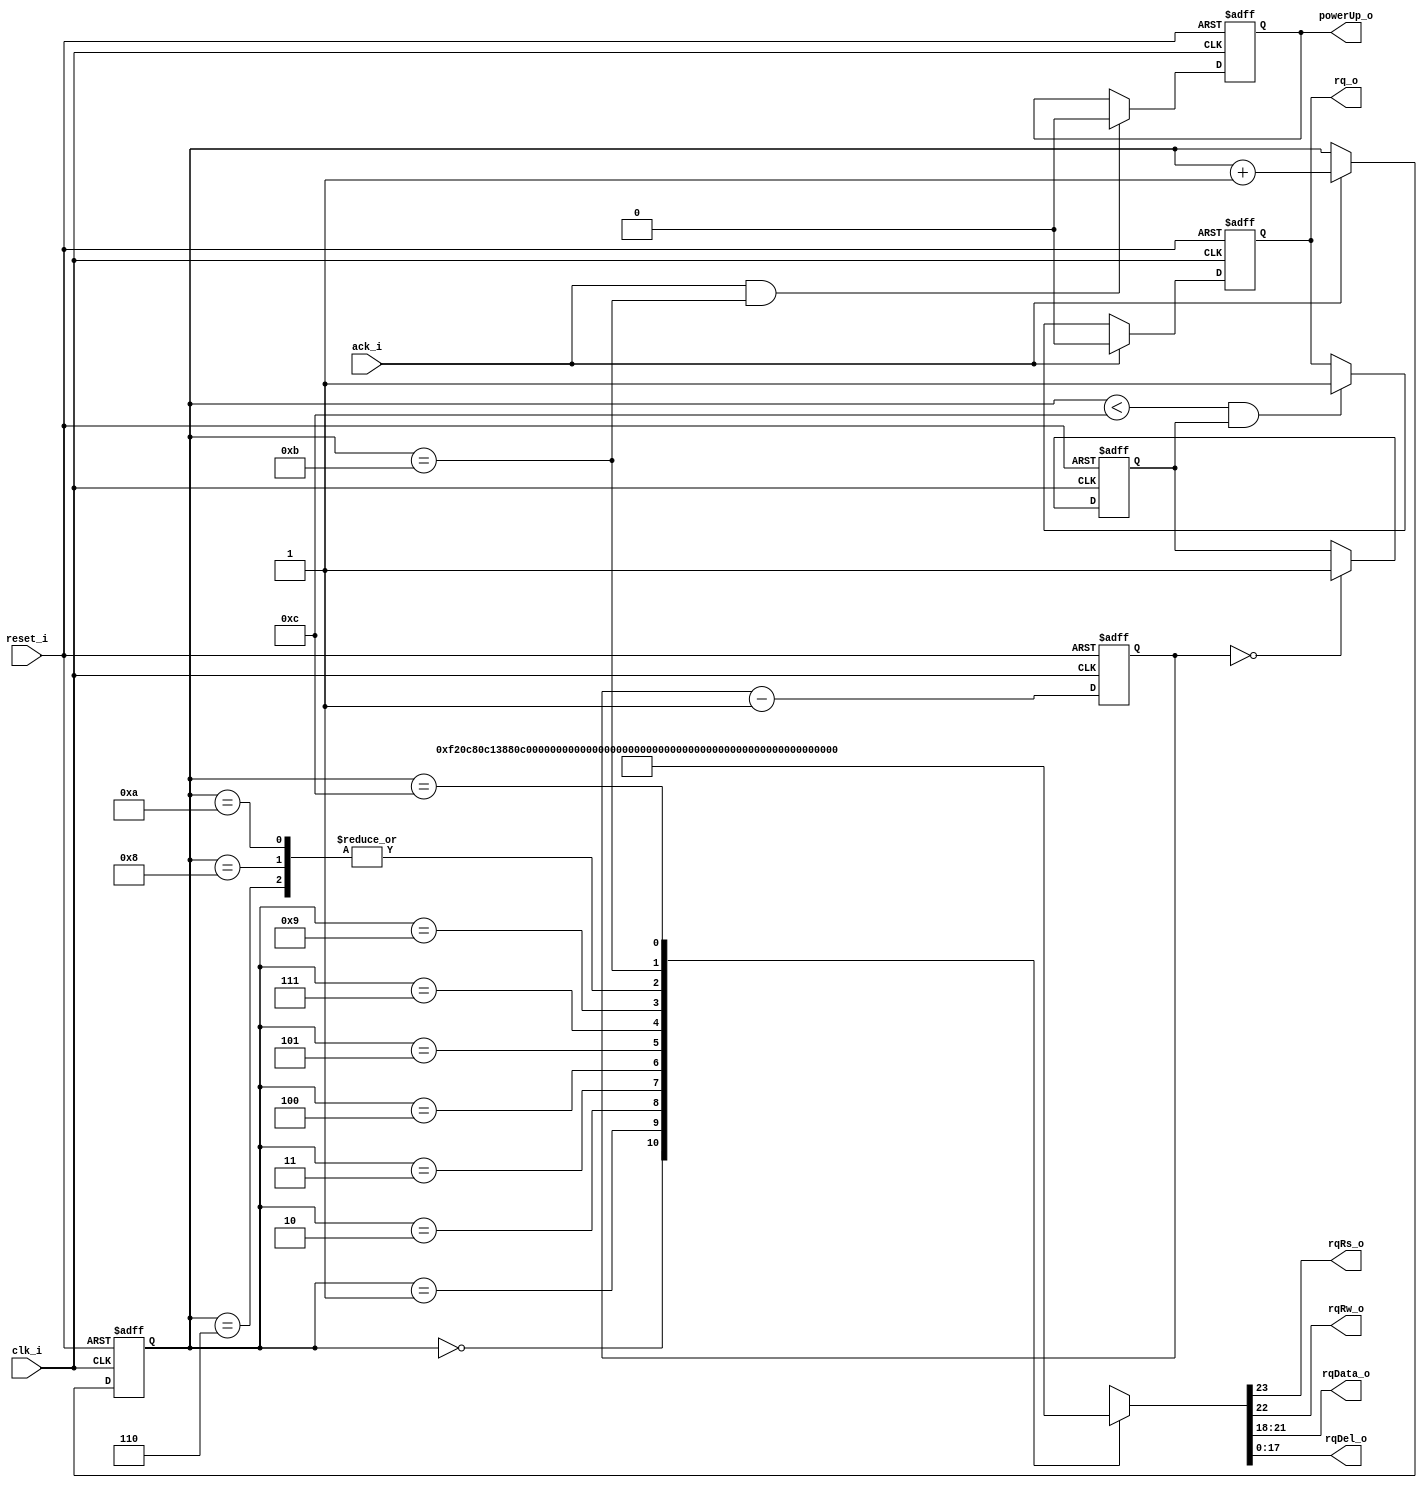
/******************************************************************************
*     Project:  Transilvania University of Brasov
*	Departament:  Electronics & Computers
* Description:  Power-up sequencer
* Date			     Author		Notes
* Dec. 3, 2007		DN		  initial version
* Jan 13, 2018		DN		  Code review
******************************************************************************/

//              lcdPowerUp
//             +----------+
//             |          |--> rq_o
//             |          |<-- ack_i         
//             |          |               
//             |          |               
//             |          |--> rqRs_o
//             |          |--> rqRw_o        
//             |          |--> rqData_o[3:0] 
//             |          |--> rqDel_o[17:0] 
//  clk_i   -->|          |
//  reset_i -->|          |--> powerUp_o
//             |          |
//             +----------+

module lcdPowerUp(
input		      clk_i       ,
input		      reset_i     ,
output reg		rq_o        ,
input		      ack_i       ,
output		    rqRs_o      ,
output		    rqRw_o      ,
output[3:0]	  rqData_o    ,
output[17:0]	rqDel_o     ,
output reg		powerUp_o   
);

localparam	noCmd_p       = 12        ;
localparam	noPwrUpCnt_p  = 4_150_000 ; // initial delay 83ms / 20ns

reg[23:0]	            powerUpCnt          ; 
reg		                workProgress        ;
reg[3:0]	            crtIdx              ;

wire[(1+1+4+18)-1:0] powerUpCmd[noCmd_p:0];
wire[(1+1+4+18)-1:0] crtCmd               ;

// Write SF_D<11:8> = 0x3, pulse LCD_E High for 12 clock cycles.
// Wait 4.1 ms or longer, which is 205,000 clock cycles at 50 MHz.
assign powerUpCmd[0] = {2'b00, 4'b0011, 18'd205000};	
// Write SF_D<11:8> = 0x3, pulse LCD_E High for 12 clock cycles.
// Wait 100 us or longer, which is 5,000 clock cycles at 50 MHz.
assign powerUpCmd[1] = {2'b00, 4'b0011, 18'd5000};
// Write SF_D<11:8> = 0x3, pulse LCD_E High for 12 clock cycles.
// Wait 40 us or longer, which is 2,000 clock cycles at 50 MHz.
assign powerUpCmd[2] = {2'b00, 4'b0011, 18'd2000};
// Write SF_D<11:8> = 0x2, pulse LCD_E High for 12 clock cycles.
// Wait 40 us or longer, which is 2,000 clock cycles at 50 MHz.
assign powerUpCmd[3] = {2'b00, 4'b0010, 18'd2000};

// Issue a Function Set command, 0x28, to configure the display for operation on the
// Spartan-3E Starter Kit board.
assign powerUpCmd[4] = {2'b00, 4'b0010, 18'd50};
assign powerUpCmd[5] = {2'b00, 4'b1000, 18'd2000};
// Issue an Entry Mode Set command, 0x06, to set the display to automatically
// increment the address pointer.
assign powerUpCmd[6] = {2'b00, 4'b0000, 18'd50};
assign powerUpCmd[7] = {2'b00, 4'b0110, 18'd2000};
// Issue a Display On/Off command, 0x0C, to turn the display on and disables the
// cursor and blinking.
assign powerUpCmd[8] = {2'b00, 4'b0000, 18'd50};
assign powerUpCmd[9] = {2'b00, 4'b1100, 18'd2000};
// Finally, issue a Clear Display command. Allow at least 1.64 ms (82,000 clock cycles)
// after issuing this command.
assign powerUpCmd[10] = {2'b00, 4'b0000, 18'd50};
assign powerUpCmd[11] = {2'b00, 4'b0001, 18'd82000};
// end
assign powerUpCmd[12] = {2'b00, 4'b0000, 18'd0};

always @(posedge clk_i or posedge reset_i)
if (reset_i)	crtIdx <= 'b0; else
if (ack_i)	  crtIdx <= crtIdx + 1;

assign crtCmd = powerUpCmd[crtIdx];

assign rqRs_o   = crtCmd[23]    ;
assign rqRw_o   = crtCmd[22]    ;
assign rqData_o = crtCmd[21:18] ;
assign rqDel_o  = crtCmd[17:0]  ;

always @(posedge clk_i or posedge reset_i)
if (reset_i)			                    rq_o <= 1'b0; else
if (ack_i) 				                    rq_o <= 1'b0; else
if ((crtIdx<noCmd_p) & workProgress)	rq_o <= 1'b1;


always @(posedge clk_i or posedge reset_i)
if (reset_i)				                  powerUp_o <= 1'b1; else
if (ack_i & (crtIdx == (noCmd_p-1)))	powerUp_o <= 1'b0;

always @(posedge clk_i or posedge reset_i)
if (reset_i)		powerUpCnt <= noPwrUpCnt_p; else
                powerUpCnt <= powerUpCnt - 1;
                
always @(posedge clk_i or posedge reset_i)
if (reset_i)		        workProgress <= 1'b0; else
if (powerUpCnt == 'b0)	workProgress <= 1'b1;

endmodule // lcdPowerUp